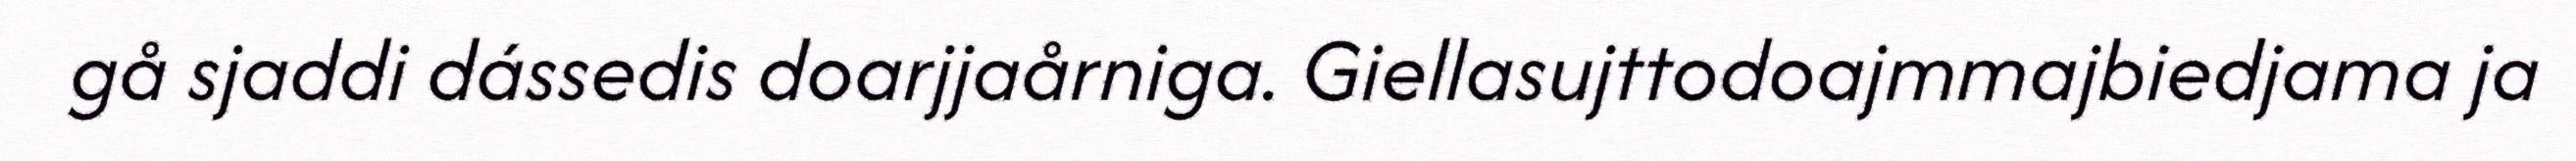
gå sjaddi dássedis doarjjaårniga. Giellasujttodoajmmajbiedjama ja